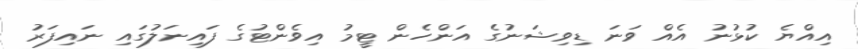
އިއްޔެ ކުޅުނު އެއް ވަނަ ޑިވިޝަނުގެ އަންހެން ޓީމު އިވެންޓުގެ ފައިނަލުގައި ނައިފަރު